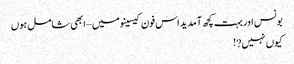
بونس اور بہت کچھ آمدید اس فون کیسینو میں – ابھی شامل ہوں
کیوں نہیں?!